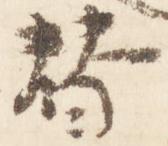
替